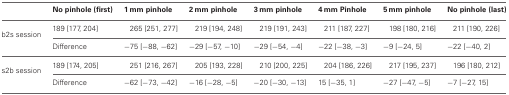
<table><thead><tr><td></td><td><b>No pinhole (first)</b></td><td><b>1 mm pinhole</b></td><td><b>2 mm pinhole</b></td><td><b>3 mm pinhole</b></td><td><b>4 mm Pinhole</b></td><td><b>5 mm pinhole</b></td><td><b>No pinhole (last)</b></td></tr></thead><tbody><tr><td rowspan="2">b2s session</td><td>189 [177, 204]</td><td>265 [251, 277]</td><td>219 [194, 248]</td><td>219 [191, 243]</td><td>211 [187, 227]</td><td>198 [180, 216]</td><td>211 [190, 226]</td></tr><tr><td>Difference</td><td>−75 [−88, −62]</td><td>−29 [−57, −10]</td><td>−29 [−54, −4]</td><td>−22 [−38, −3]</td><td>−9 [−24, 5]</td><td>−22 [−40, 2]</td></tr><tr><td rowspan="2">s2b session</td><td>189 [174, 205]</td><td>251 [216, 267]</td><td>205 [193, 228]</td><td>210 [200, 225]</td><td>204 [186, 226]</td><td>217 [195, 237]</td><td>196 [180, 212]</td></tr><tr><td>Difference</td><td>−62 [−73, −42]</td><td>−16 [−28, −5]</td><td>−20 [−30, −13]</td><td>15 [−35, 1]</td><td>−27 [−47, −5]</td><td>−7 [−27, 15]</td></tr></tbody></table>